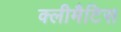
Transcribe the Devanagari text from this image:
क्लीमैटिस